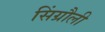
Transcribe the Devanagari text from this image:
सिंग्रौली